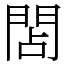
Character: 䦓